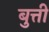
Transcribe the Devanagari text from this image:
बुत्ती